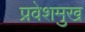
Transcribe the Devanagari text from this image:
प्रवेशमुख